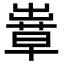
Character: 𦸶